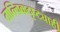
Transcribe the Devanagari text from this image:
तात्त्विकदृष्ट्याही